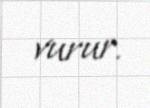
vurur.